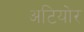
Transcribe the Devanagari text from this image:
अटियोर